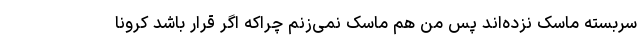
سربسته ماسک نزده‌اند پس من هم ماسک نمی‌زنم چراکه اگر قرار باشد کرونا